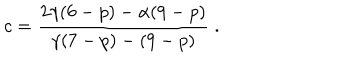
c = \frac { 2 \gamma ( 6 - p ) - \alpha ( 9 - p ) } { \gamma ( 7 - p ) - ( 9 - p ) } \; .